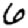
Digit: 6